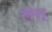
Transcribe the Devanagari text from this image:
लेस्